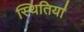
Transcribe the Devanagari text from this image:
स्थितिया॑